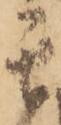
其